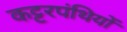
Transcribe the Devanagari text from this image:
कट्‍टरपंथियों